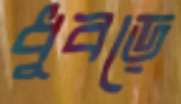
ধুবড়ে